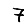
Digit: 7